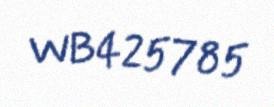
WB425785